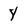
Character: Y